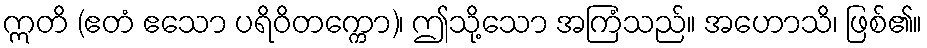
ဣတိ (ဧတံ ဧသော ပရိဝိတက္ကော)၊ ဤသို့သော အကြံသည်။ အဟောသိ၊ ဖြစ်၏။